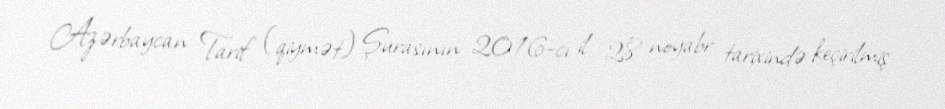
Azərbaycan Tarif (qiymət) Şurasının 2016-cı il 28 noyabr tarixində keçirilmiş